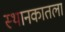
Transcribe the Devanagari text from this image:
स्थानकातला